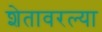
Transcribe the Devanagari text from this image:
शेतावरल्या